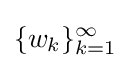
\{w_{k}\}_{k=1}^{\infty }